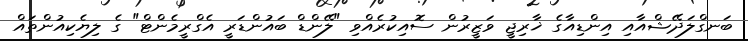
ބަނގްލަދޭޝްއާއި އިންޑިއާގެ ޚާރިޖީ ވަޒީރުން ސޮއިކުރެއްވި "ލޭންޑް ބައުންޑަރީ އެގްރީމެންޓް" ގެ ލިޔެކިއުންތައް